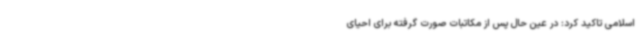
اسلامی تاکید کرد: در عین حال پس از مکاتبات صورت گرفته برای احیای